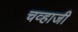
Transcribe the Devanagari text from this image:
चव्हाजी